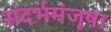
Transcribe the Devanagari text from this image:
संदर्भमंजूषा